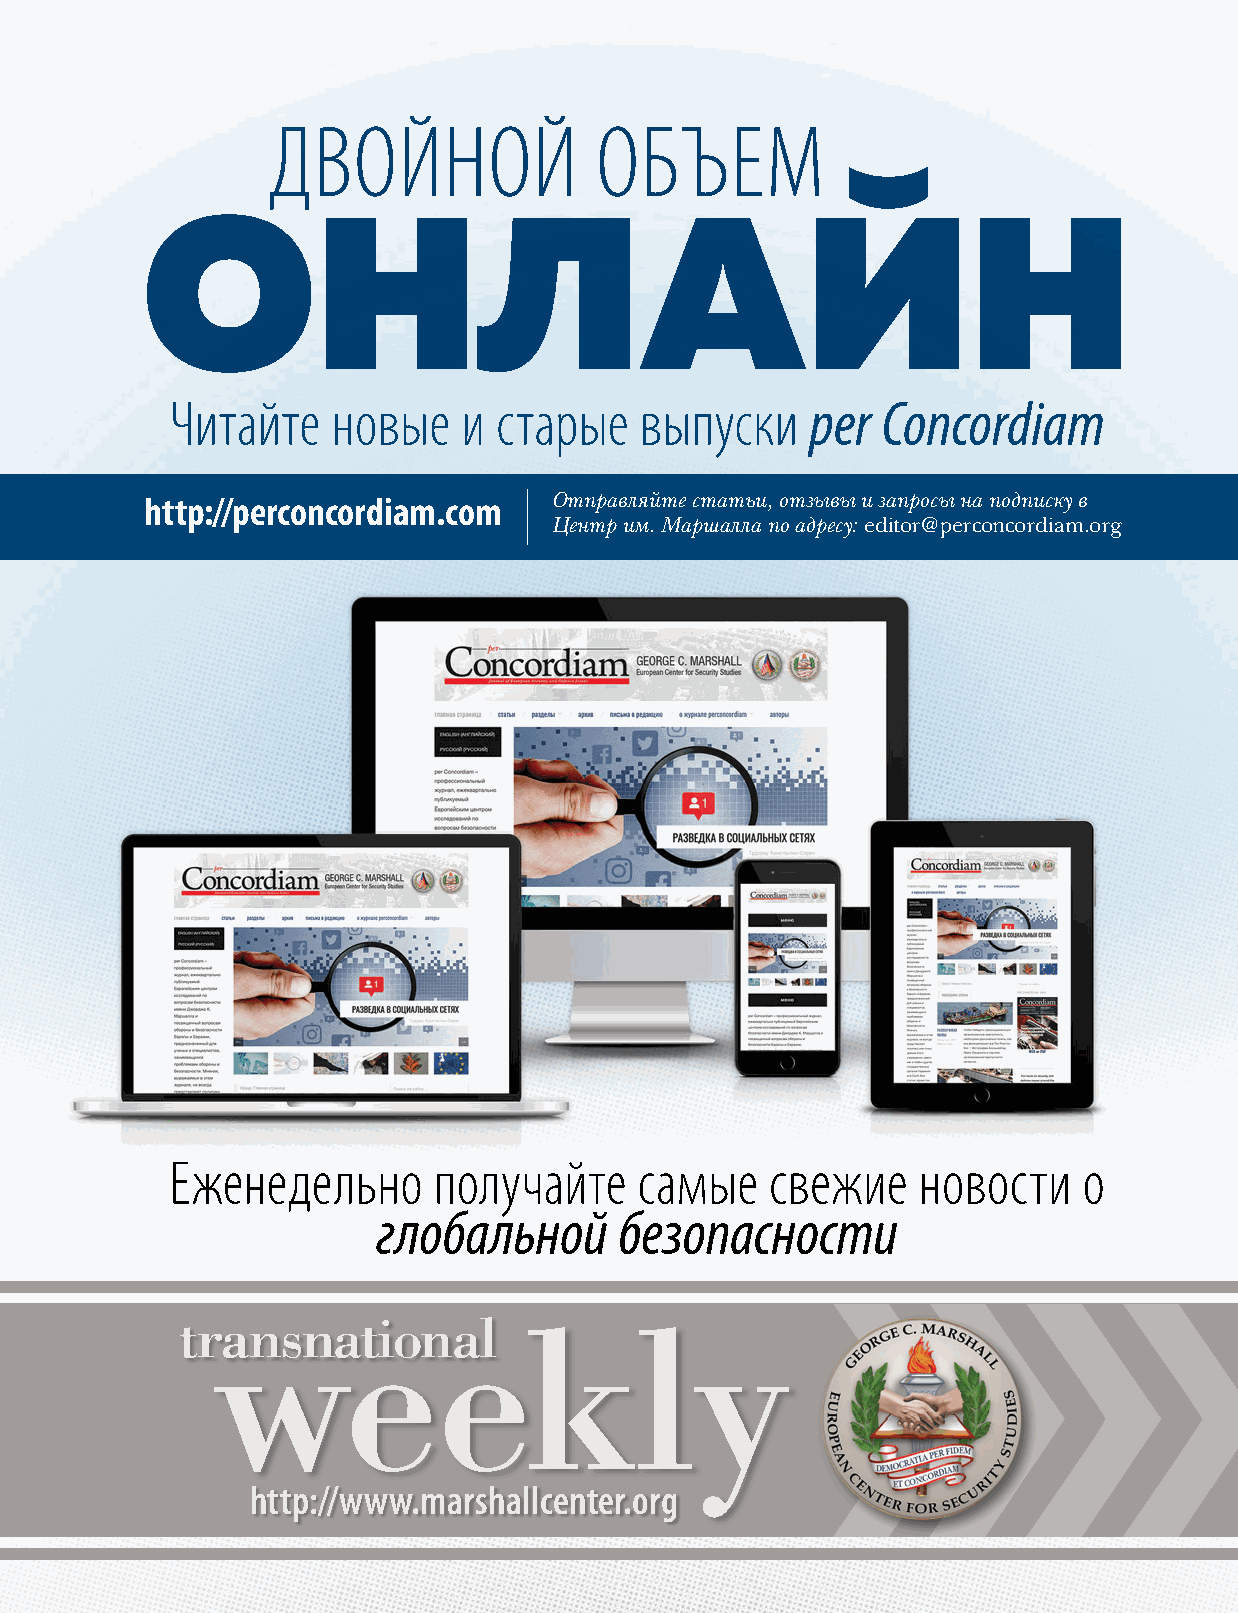
ДВОЙНОЙ              ОБЪЕМ
 ОНЛАЙН
 Читайте    новые    и старые   выпуски     per Concordiam
 http://perconcordiam.com   Отправляйте статьи, отзывы и запросы на подписку в
 Центр им. Маршалла по адресу: editor@perconcordiam.org
 Еженедельно       получайте    самые    свежие    новости    о
 глобальной      безопасности
 http://www.marshallcenter.org